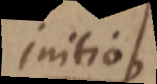
initio